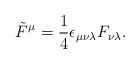
LaTeX: \begin{align*}\tilde F^\mu={1\over 4}\epsilon_{\mu\nu\lambda}F_{\nu\lambda}.\end{align*}